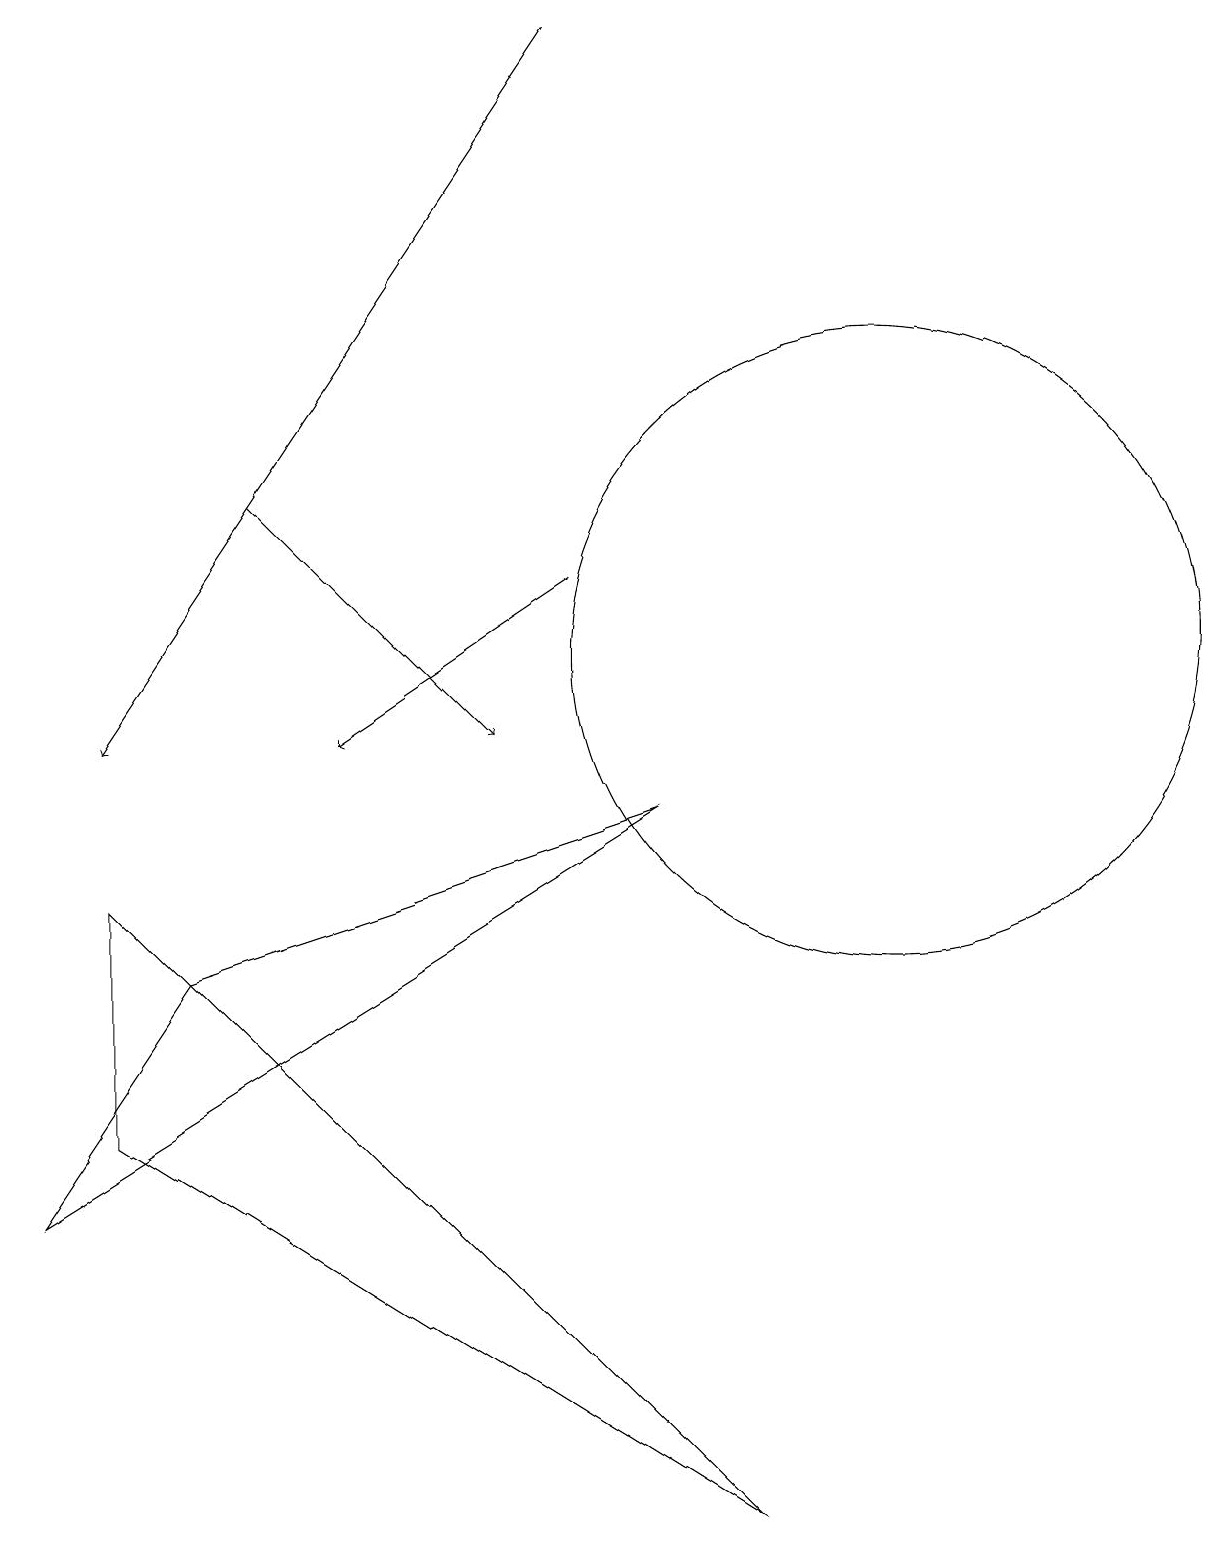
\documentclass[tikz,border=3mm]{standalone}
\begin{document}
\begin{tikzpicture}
\draw (8,9) -- (0,4) -- (2,7) -- cycle;
\draw[->] (7,12) -- (4,10);
\draw (11,11) circle (4);
\draw (1,5) -- (9,0) -- (1,8) -- cycle;
\draw[->] (7,19) -- (1,10);
\draw[->] (3,13) -- (6,10);
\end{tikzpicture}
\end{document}